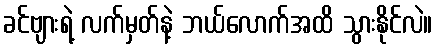
ခင်ဗျားရဲ့ လက်မှတ်နဲ့ ဘယ်လောက်အထိ သွားနိုင်လဲ။